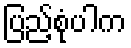
ပြည့်စုံပါက